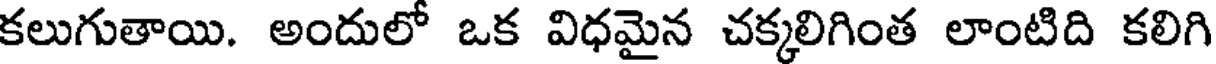
కలుగుతాయి. అందులో ఒక విధమైన చక్కలిగింత లాంటిది కలిగి